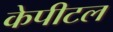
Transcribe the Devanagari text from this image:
केपीटल